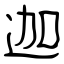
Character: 迦